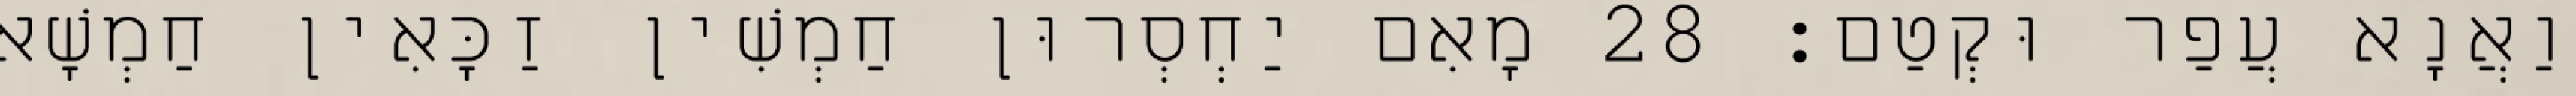
וַאֲנָא עֲפַר וּקְטַם׃ 28 מָאִם יַחְסְרוּן חַמְשִׁין זַכָּאִין חַמְשָׁא